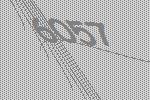
6057